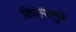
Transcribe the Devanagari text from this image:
विणल्यामुळे